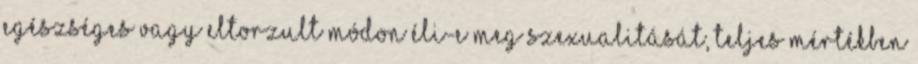
egészséges vagy eltorzult módon éli-e meg szexualitását, teljes mértékben